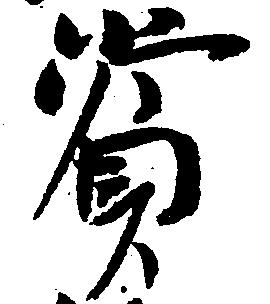
賞